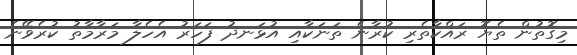
މިގޮތުން ތެޔޮ ރައްކާާތެރި ކުރާނެ ތަނަކާއި އުޅަނދު ފަހަރު އެހެލާ މަރާމާތު ކުރެވޭނެ